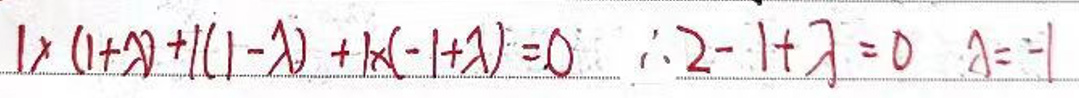
\(\lambda ( 1 + x ) + ( 1 - \lambda ) + k ( - 1 + \lambda ) = 0 \therefore 2 - 1 + k = 0 k = - 1\)